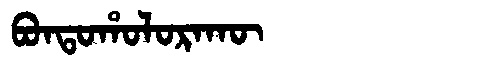
Manchu: ᠪᠣᠨᡨᠣᡥᠣᠯᠣᡵᠠᡴᡡ
Romanization: BONTOHOLORAKŪ